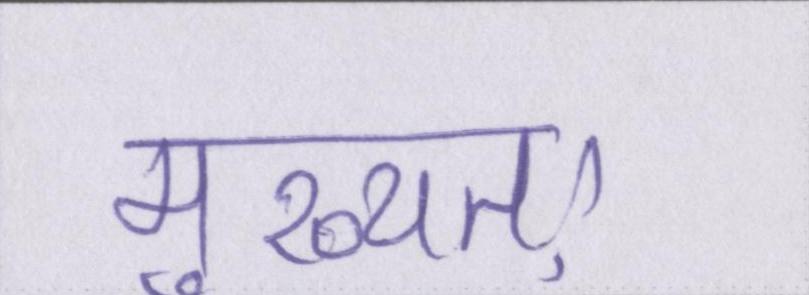
मुख्यतः